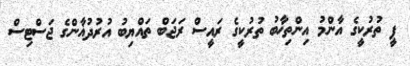
ޕީ ތުރުކީގެ އާންމު އިންތިޚާބު ތުރުކީގެ ރައީސް ރަޖަބް ތައްޔިބު އުރުދުޣާންގެ ޖަސްޓިސް